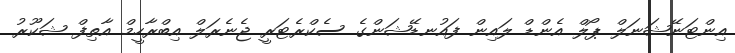
އިންޓަނޭޝަނަލް ޕޯލް އެންޑް ލައިން ފައުނޑޭޝަންގެ ސެކްރެޓަރީ ޖެނެރަލް އިބްރާހީމް އާތިފް ޝަކޫރު